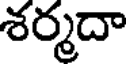
శర్మదా